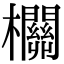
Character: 𣠸